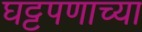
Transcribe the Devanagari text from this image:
घट्टपणाच्या